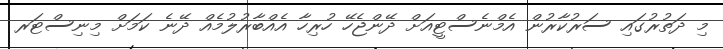
މި ދަތުރުގައި ސަރުކާރުން އެމްނެސްޓީއަށް ދޭންޖެހޭ ހުރިހާ އެއްބާރުލުމެއް ދޭނެ ކަމަށް މިނިސްޓަރ